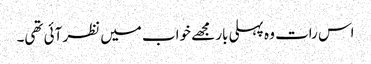
اس رات وہ پہلی بار مجھے خواب میں نظر آئی تھی۔